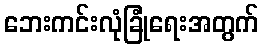
ဘေးကင်းလုံခြုံရေးအတွက်